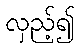
လှည့်၍